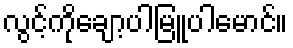
လွင့်ကိုချော့ပါမြူပါမောင်။